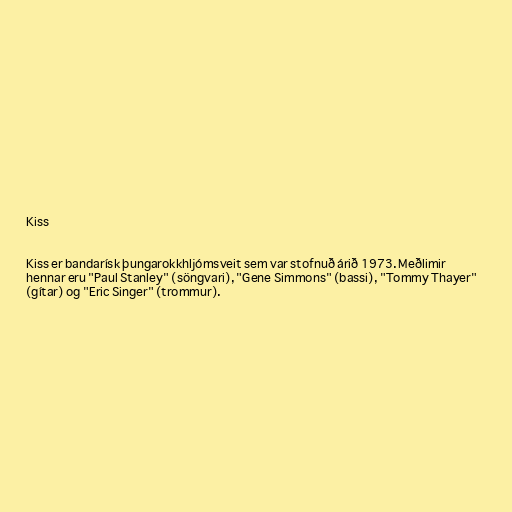
Kiss

Kiss er bandarísk þungarokkhljómsveit sem var stofnuð árið 1973. Meðlimir
hennar eru "Paul Stanley" (söngvari), "Gene Simmons" (bassi), "Tommy Thayer"
(gítar) og "Eric Singer" (trommur).